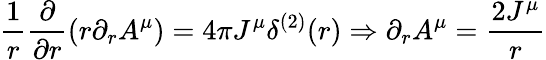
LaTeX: \frac{1}{r}\frac{\partial}{\partial r}(r\partial_{r}A^{\mu})=4\pi J^{\mu}\delta^{(2)}(r)\Rightarrow\partial_{r}A^{\mu}=\frac{2J^{\mu}}{r}